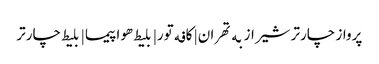
پرواز چارتر شیراز به تهران | کافه تور| بلیط هواپیما | بلیط چارتر